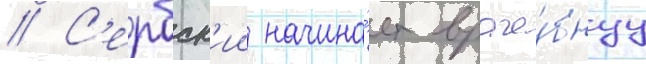
// С'ербск'ии начина́ет враче́бнуу